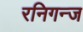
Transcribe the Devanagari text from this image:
रनिगन्ज